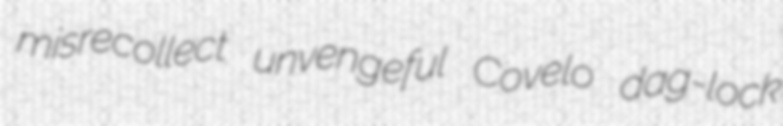
misrecollect unvengeful Covelo dag-lock